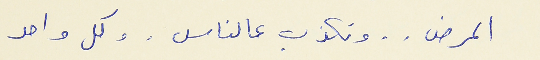
المرض . . وتكذب عالناس . وكل واحد